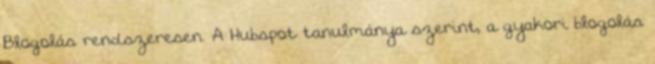
Blogolás rendszeresen. A Hubspot tanulmánya szerint, a gyakori blogolás